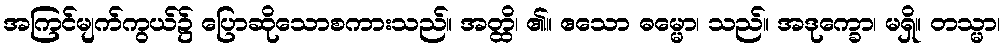
အကြင်မျက်ကွယ်၌ ပြောဆိုသောစကားသည်။ အတ္ထိ၊ ၏။ ဧသော ဓမ္မော၊ သည်။ အဒုက္ခော၊ မရှိ။ တသ္မာ၊